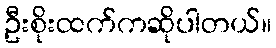
ဦးစိုးထက်ကဆိုပါတယ်။